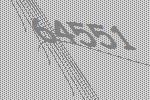
64551